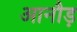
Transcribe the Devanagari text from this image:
आनौड़